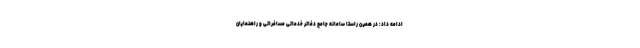
ادامه داد: در همین راستا سامانه جامع دفاتر خدماتی مسافراتی و راهنمایان